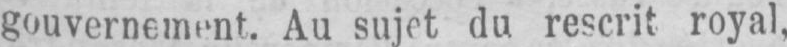
du rescrit royal,